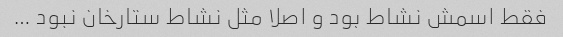
فقط اسمش نشاط بود و اصلا مثل نشاط ستارخان نبود …